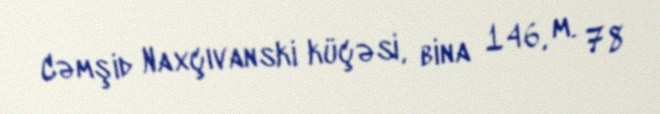
Cəmşid Naxçıvanski küçəsi, bina 146, m. 78